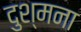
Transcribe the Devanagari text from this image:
दुश्मना